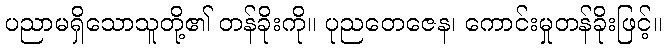
ပညာမရှိသောသူတို့၏ တန်ခိုးကို။ ပုညတေဇေန၊ ကောင်းမှုတန်ခိုးဖြင့်။